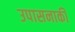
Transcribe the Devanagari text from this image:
उपासनाकी